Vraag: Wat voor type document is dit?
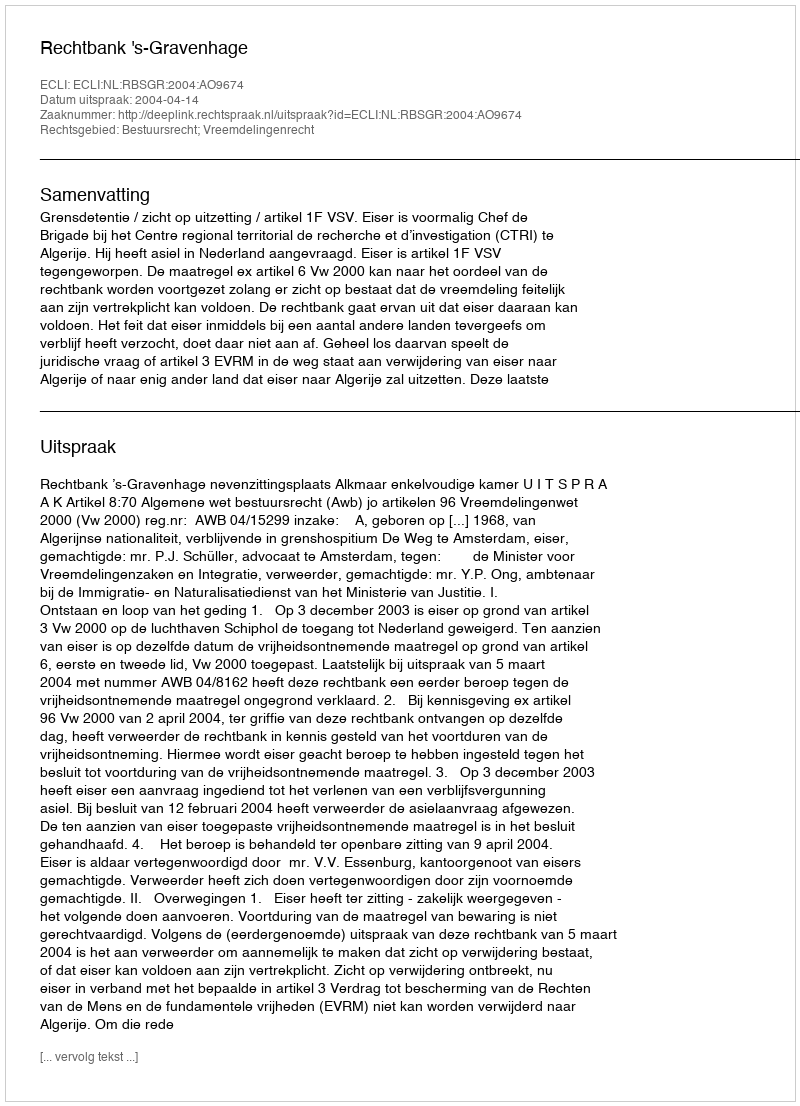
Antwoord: Uitspraak